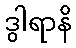
ဒွါရာနိ